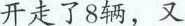
开走了8辆，又